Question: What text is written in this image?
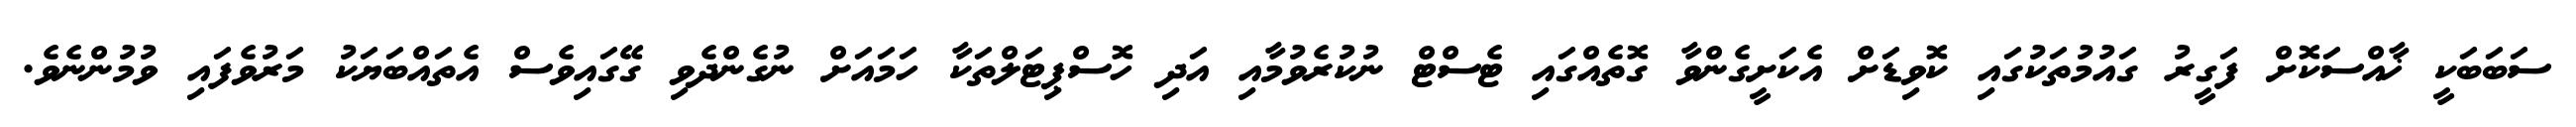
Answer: ސަބަބަކީ ޚާއްސަކޮށް ފަގީރު ގައުމުތަކުގައި ކޮވިޑަށް އެކަށީގެންވާ ގޮތެއްގައި ޓެސްޓް ނުކުރެވުމާއި އަދި ހޮސްޕިޓަލްތަކާ ހަމައަށް ނުގެންދެވި ގޭގައިވެސް އެތައްބަޔަކު މަރުވެފައި ވުމުންނެވެ.